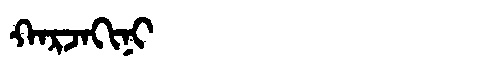
Manchu: ᡴᠠᡵᠵᠠᡴᡳᠨᡳ
Romanization: KARJAKINI